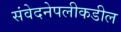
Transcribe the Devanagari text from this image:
संवेदनेपलीकडील